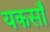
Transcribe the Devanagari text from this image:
यकसाँ